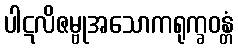
ပါဋလိဇမ္ဗုအသောကရုက္ခဝန္တံ